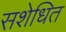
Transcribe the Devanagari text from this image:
सशेधित